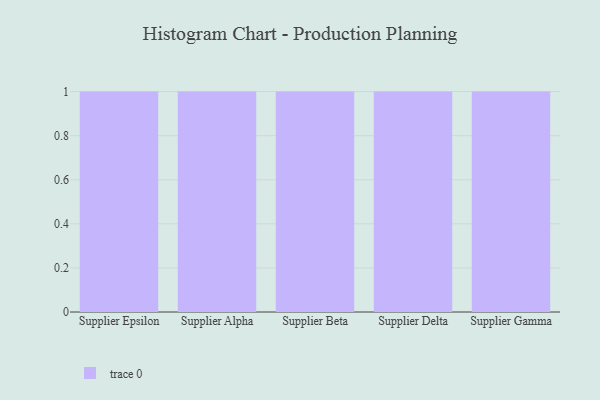
{"axis": {"x": "Supplier", "y": "Temperature (°C)"}, "legend": [""], "data": [{"x": "Supplier Epsilon", "y": 14, "type": ""}, {"x": "Supplier Alpha", "y": 35, "type": ""}, {"x": "Supplier Beta", "y": 54, "type": ""}, {"x": "Supplier Delta", "y": 88, "type": ""}, {"x": "Supplier Gamma", "y": 46, "type": ""}]}